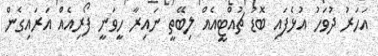
އަހަރު ދުވަހު އުޅެފައި ބޮޑު ޗުއްޓީއެއް ލިބޭތީ ނައިރާ ހީވަނީ ފޯރިއެއް އަރައިގެން